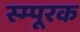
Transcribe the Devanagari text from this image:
स्म्पूरक